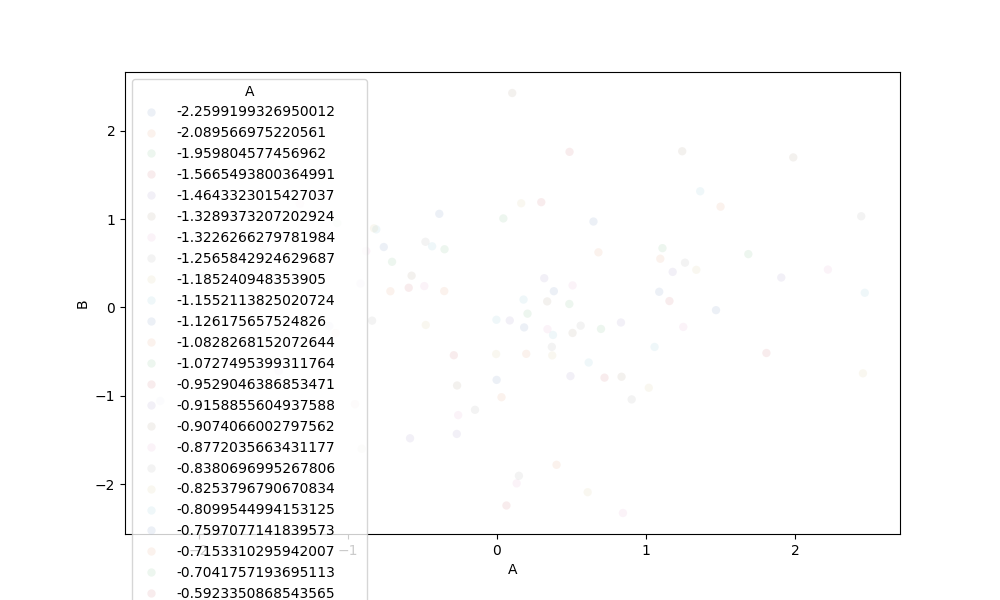
python, seaborn, scatterplot, hue='A', style='None', size='None', palette='deep', alpha=0.1